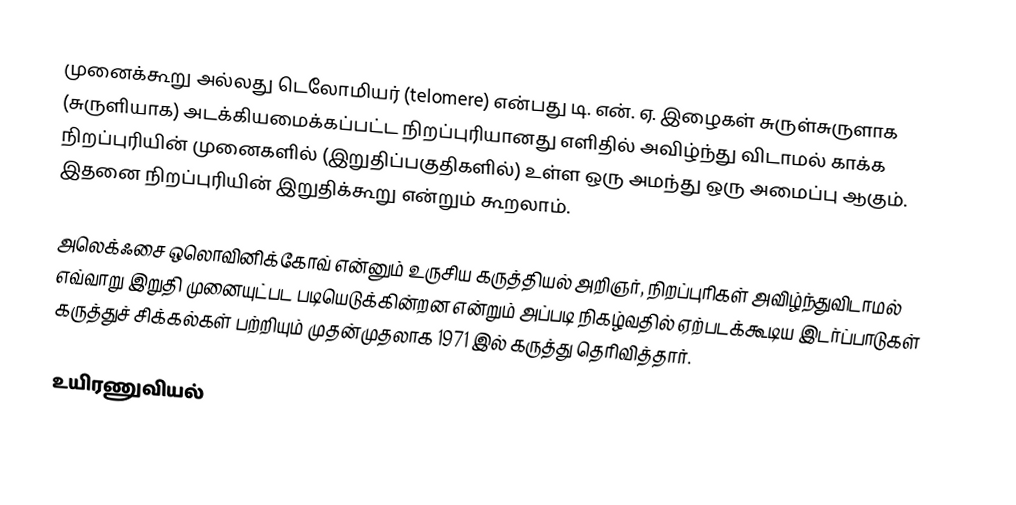
முனைக்கூறு அல்லது டெலோமியர் (telomere) என்பது டி. என். ஏ. இழைகள் சுருள்சுருளாக (சுருளியாக) அடக்கியமைக்கப்பட்ட நிறப்புரியானது எளிதில் அவிழ்ந்து விடாமல் காக்க நிறப்புரியின் முனைகளில் (இறுதிப்பகுதிகளில்) உள்ள ஒரு அமந்து ஒரு அமைப்பு ஆகும். இதனை நிறப்புரியின் இறுதிக்கூறு என்றும் கூறலாம்.

அலெக்ஃசை ஒலொவினிக்கோவ் என்னும் உருசிய கருத்தியல் அறிஞர், நிறப்புரிகள் அவிழ்ந்துவிடாமல் எவ்வாறு இறுதி முனையுட்பட படியெடுக்கின்றன என்றும் அப்படி நிகழ்வதில் ஏற்படக்கூடிய இடர்ப்பாடுகள் கருத்துச் சிக்கல்கள் பற்றியும் முதன்முதலாக 1971 இல் கருத்து தெரிவித்தார்.

உயிரணுவியல்